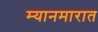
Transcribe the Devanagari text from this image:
म्यानमारात